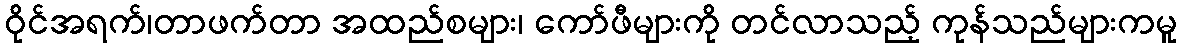
ဝိုင်အရက်၊တာဖက်တာ အထည်စများ၊ ကော်ဖီများကို တင်လာသည့် ကုန်သည်များကမူ